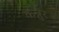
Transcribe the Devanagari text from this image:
कन्नुर